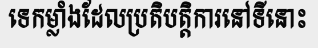
ទេកម្លាំងដែលប្រតិបត្តិការនៅទីនោះ